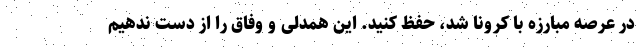
در عرصه مبارزه با کرونا شد، حفظ کنید. این همدلی و وفاق را از دست ندهیم